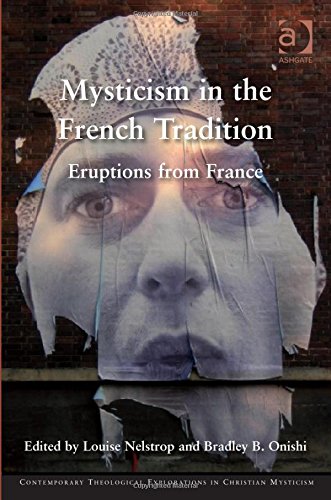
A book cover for Mysticism in the French Tradition: Eruptions from France (Contemporary Theological Explorations in Christian Mysticism); Louise Nelstrop; Religion & Spirituality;